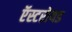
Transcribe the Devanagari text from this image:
ऍस्टरोयड